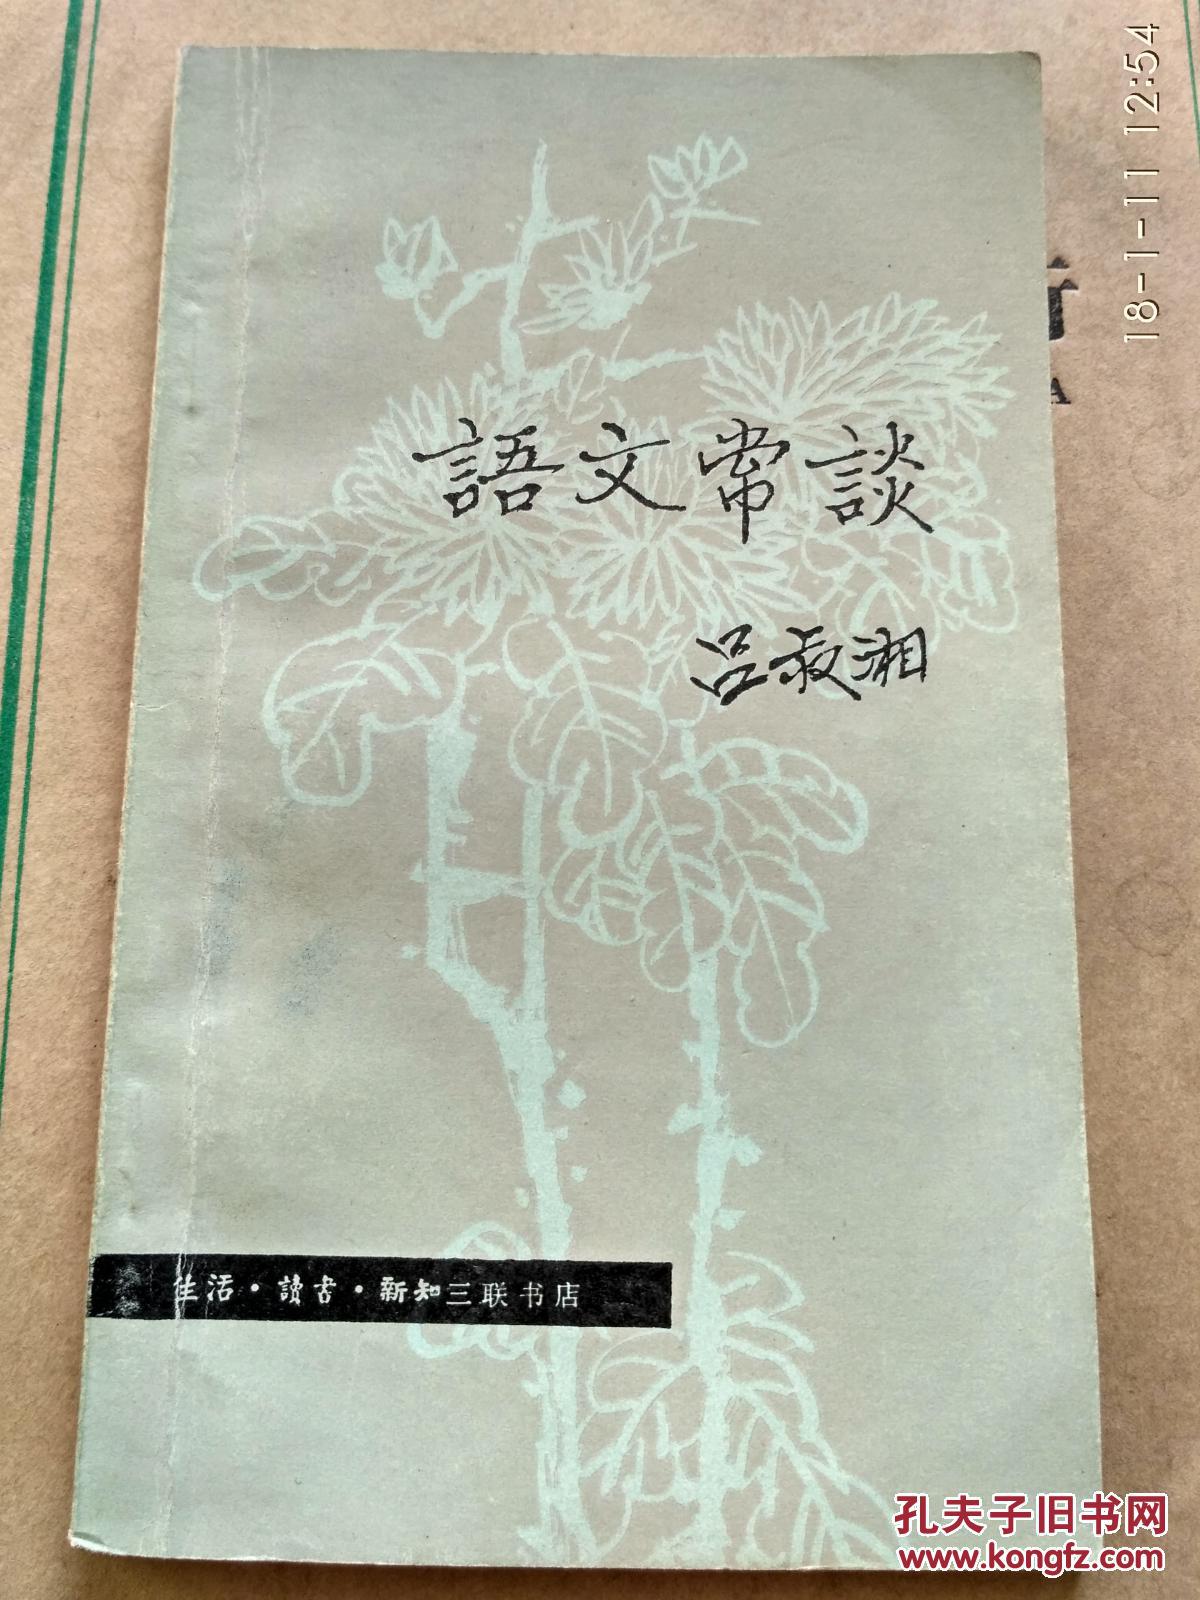
经传之文，贤圣之语，古今言殊，四方谈异也。